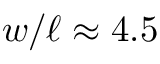
w / \ell \approx 4 . 5